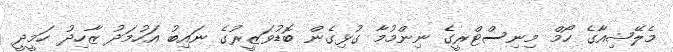
މެލޭޝިއާގެ ހޯމް މިނިސްޓްރީގެ ނިންމުމާ ގުޅިގެން ބޮޑުވަޒީރުގެ ނައިބު އަހުމަދު ޒާހިދު ހަމީދީ